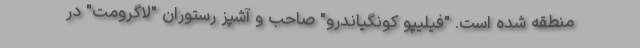
منطقه شده است. "فیلیپو کونگیاندرو" صاحب و آشپز رستوران "لاگرومت" در